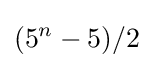
(5^{n}-5)/2